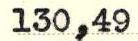
130,49